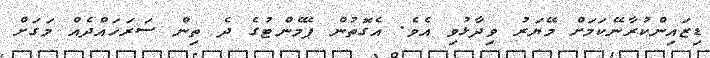
ޑިޒައިންކުރާނޭކަމަށް މޭޔަރު ވިދާޅުވި އެވެ. އެގޮތުން ޕޭމެންޓުގެ ދެ ތިން ސަރަހައްދެއް މަގަށް